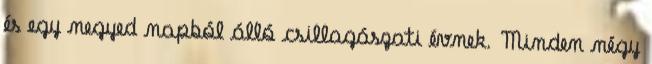
és egy negyed napból álló csillagászati évnek. Minden négy